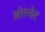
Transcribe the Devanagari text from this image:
ओरनेट